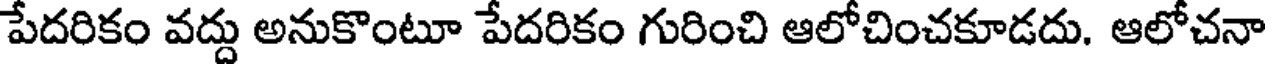
పేదరికం వద్దు అనుకొంటూ పేదరికం గురించి ఆలోచించకూడదు. ఆలోచనా